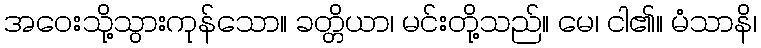
အဝေးသို့သွားကုန်သော။ ခတ္တိယာ၊ မင်းတို့သည်။ မေ၊ ငါ၏။ မံသာနိ၊